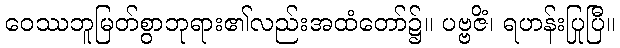
ဝေဿဘူမြတ်စွာဘုရား၏လည်းအထံတော်၌။ ပဗ္ဗဇိံ၊ ရဟန်းပြုပြီ။